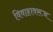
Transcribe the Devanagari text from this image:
विवाहावरून